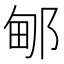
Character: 𰻫